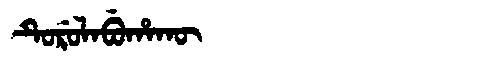
Manchu: ᡨᡠᡵᡠᠯᠠᠪᡠᡥᠠᡴᡡ
Romanization: TURULABUHAKŪ